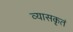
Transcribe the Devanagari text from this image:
व्यासकृतं